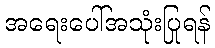
အရေးပေါ်အသုံးပြုရန်